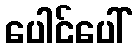
ပေါင်ပေါ်